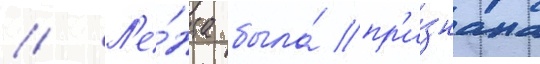
// Л'е́нта была́ пр'и́знана